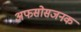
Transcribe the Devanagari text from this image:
अफसोसजनक